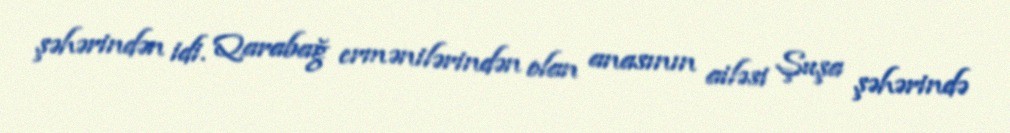
şəhərindən idi. Qarabağ ermənilərindən olan anasının ailəsi Şuşa şəhərində